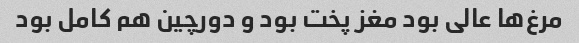
مرغ‌ها عالی بود مغز پخت بود و دورچین هم کامل بود